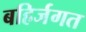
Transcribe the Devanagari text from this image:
बहिर्जगत